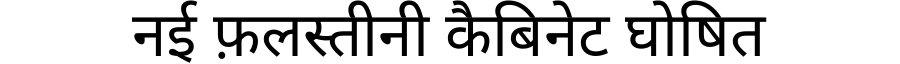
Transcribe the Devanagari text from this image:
नई फ़लस्तीनी कैबिनेट घोषित